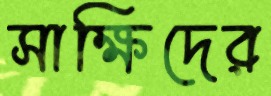
সাক্ষিদের